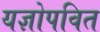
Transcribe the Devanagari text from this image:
यज्ञोपवित